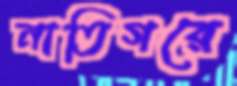
নাতিগরে